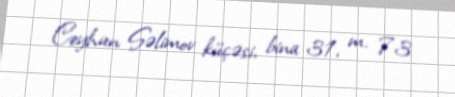
Ceyhun Səlimov küçəsi, bina 31, m. 73